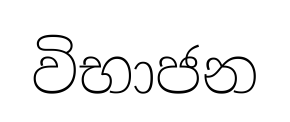
විභාජන